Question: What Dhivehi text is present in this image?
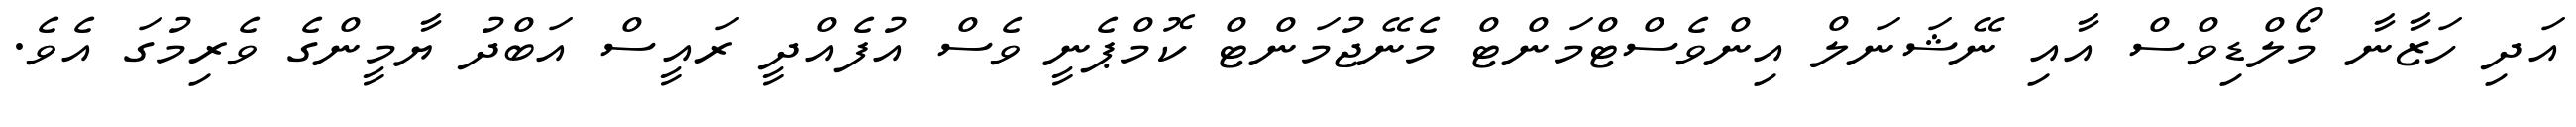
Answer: އަދި ހަޒާނާ މޯލްޑިވްސް އާއި ނޭޝަނަލް އިންވެސްޓްމަންޓް މެނޭޖުމަންޓް ކޮމްޕެނީ ވެސް އުފެއްދީ ރައީސް އަބްދު ޔާމީންގެ ވެރިމުގަ އެވެ.